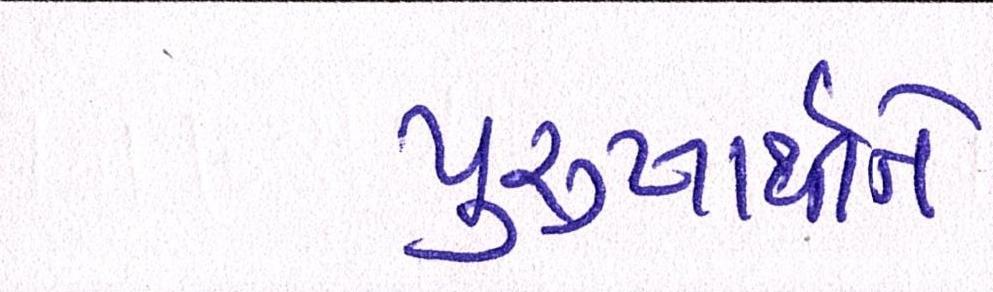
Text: પુરુષાર્થીને